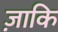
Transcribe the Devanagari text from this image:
ज़ाकि